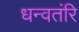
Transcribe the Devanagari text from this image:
धन्वतंरि